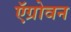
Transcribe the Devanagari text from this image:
ऍग्रोवन